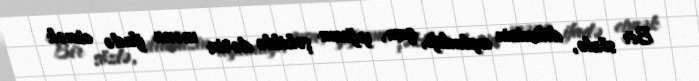
Bir sözlə, dilimizin aydınlığı, qısa, yığcam şəkildə dərin məna ifadə etmək